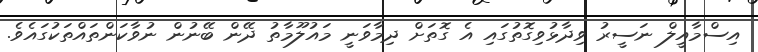
އިސްމާއީލް ނަސީރު ވިދާޅުވިގޮތުގައި އެ ގޮތަށް ދިމާވަނީ މައުލޫމާތު ދޭން ބޭނުން ނުވާކަންތައްތަކުގައެވެ.